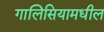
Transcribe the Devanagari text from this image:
गालिसियामधील